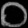
Digit: ၀